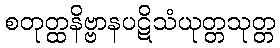
စတုတ္ထနိဗ္ဗာနပဋိသံယုတ္တသုတ္တ